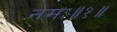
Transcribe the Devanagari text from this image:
नमः॥१॥